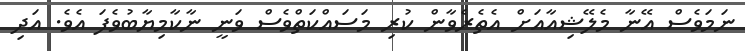
ނަމަވެސް އޭނާ މެލޭޝިއާއަށް އެތެރެވާން ކުރި މަސައްކަތްވެސް ވަނީ ނާކާމިޔާބުވެފަ އެވެ. އަދި